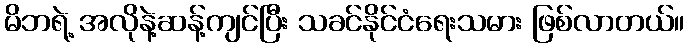
မိဘရဲ့ အလိုနဲ့ဆန့်ကျင်ပြီး သခင်နိုင်ငံရေးသမား ဖြစ်လာတယ်။